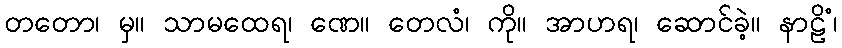
တတော၊ မှ။ သာမထေရ၊ ဏေ။ တေလံ၊ ကို။ အာဟရ၊ ဆောင်ခဲ့။ နာဠိံ၊